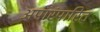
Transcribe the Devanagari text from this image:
अपारंपारित